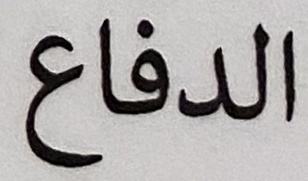
الدفاع